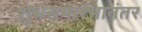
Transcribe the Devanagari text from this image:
शुभसमारंभानंतर